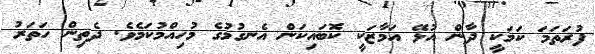
ފުރަތަމަ ކަމަކީ ދާން އުޅޭ އަމާޒަކީ ކޮބައިކަން އެނގުމުގެ މުހިއްމުކަމެވެ. ދެތިން ހަތަރު